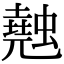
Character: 𧑣